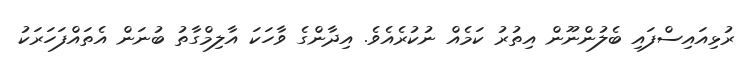
ރުޅިއައިސްފައި ބެލުންނޫން އިތުރު ކަމެއް ނުކުރެއެވެ. އިދާންގެ ވާހަކަ އާލިމްގާތު ބުނަން އެތައްފަހަރަކު